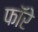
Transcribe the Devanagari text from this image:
फॉरे